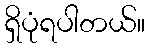
ရှိပုံရပါတယ်။